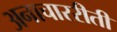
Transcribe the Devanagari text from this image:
अनाचाररीती